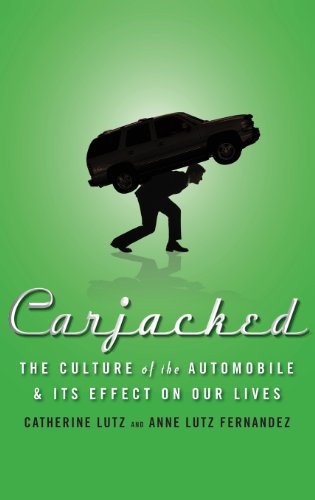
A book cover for Carjacked: The Culture of the Automobile and Its Effect on Our Lives; Catherine Lutz; Business & Money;